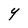
Character: Y